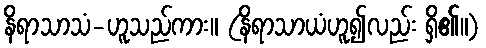
နိရာသာသံ-ဟူသည်ကား။ (နိရာသာယံဟူ၍လည်း ရှိ၏။)